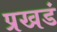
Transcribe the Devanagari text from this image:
प्रखडं